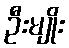
ဦးမျိုး